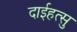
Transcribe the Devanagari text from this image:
दाईहत्सु